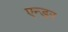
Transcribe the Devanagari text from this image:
एन्डर